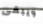
ويبقى